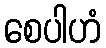
စေပါဟံ